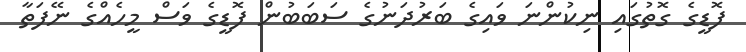
ފޮޑީގެ ގޮތުގައި ނިކުންނަ ވައިގެ ބަރުދަނުގެ ސަބަބުން ފޮޑީގެ ވަސް މީހެއްގެ ނޭފަތާ